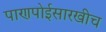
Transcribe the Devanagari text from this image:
पाणपोईसारखीच